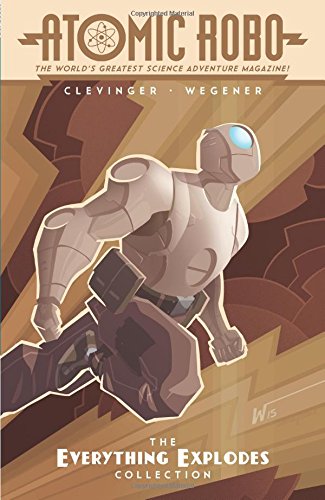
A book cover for Atomic Robo: The Everything Explodes Collection; Brian Clevinger; Literature & Fiction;